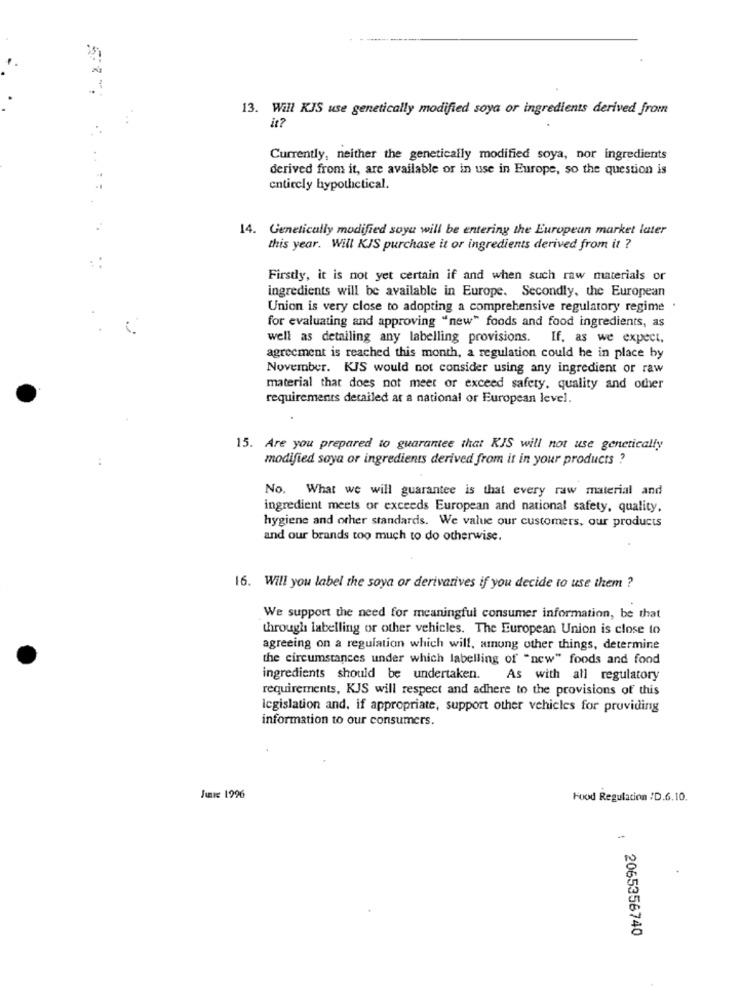
13. Will KJS use genetically modified soya or ingredients derived from
it?
Currently, neither the genetically modified soya, nor ingredients
derived from it, are available or in use in Europe, so the question is
entiecly hypothetical.
14. Genetically modified soya will be entering the European market later
this year. Will KJS purchase it or ingredients derived from it ?
Firstly, it is not yet certain if and when such raw materials or
ingredients will be available in Europe. Secondly, the European
Union is very close to adopting a comprehensive regulatory regime .
for evaluating and approving "new" foods and food ingredients, as
well as detailing any labelling provisions. If, as we expect,
agreement is reached this month, a regulation could he in place by
November. KJS would not consider using any ingredient or raw
material that does not meet or exceed safety. quality and other
requirements detailed at a national or European level.
15. Are you prepared to guarantee that KIS will not use genetically
modified soya or ingredients derived from it in your products ?
No. What we will guarantee is that every raw material and
ingredient meets or exceeds European and national safety, quality.
hygiene and other standards. We value our customers, our products
and our brands too much to do otherwise.
16. Will you label the soya or derivatives if you decide to use them ?
We support the need for meaningful consumer information, be that
through labelling or other vehicles. The European Union is close to
agreeing on a regulation which will, among other things, determine
the circumstances under which labelling of "new" foods and food
ingredients should be undertaken.
As with all regulatory
requirements, KJS will respect and adhere to the provisions of this
legislation and, if appropriate, support other vehicles for providing
information to our consumers.
JULIE 1996
Food Regulation /D.6.10.
: 2065356740